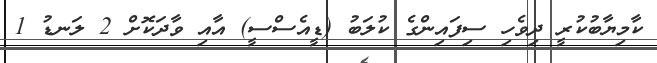
ކާމިޔާބުކުރީ ދިވެހި ސިފައިންގެ ކުލަބު (ޑީއެސްސީ) އާއި ވާދަކޮށް 2 ލަނޑު 1